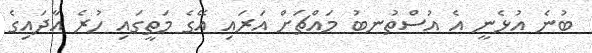
ބުނެ އުޅެނީ އެ އުސްތުނބު މައްޗަށް އަރައި އޭގެ މަތީގައި ހުރެ އާދައިގެ